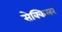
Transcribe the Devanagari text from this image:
सेक्किलर